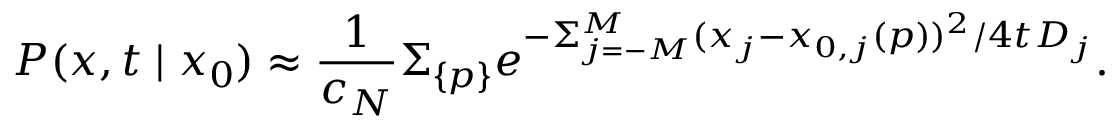
P ( x , t \mid x _ { 0 } ) \approx { \frac { 1 } { c _ { N } } } \Sigma _ { \{ p \} } e ^ { - \Sigma _ { j = - M } ^ { M } ( x _ { j } - x _ { 0 , j } ( p ) ) ^ { 2 } / 4 t D _ { j } } .